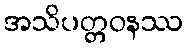
အသိပတ္တဝနဿ